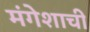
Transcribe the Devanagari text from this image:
मंगेशाची